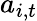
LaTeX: a_{i,t}